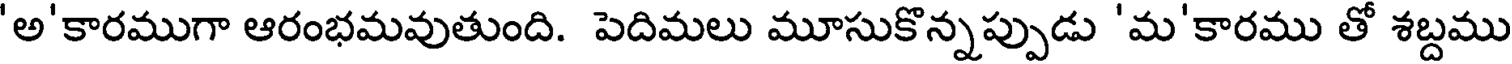
'అ'కారముగా ఆరంభమవుతుంది. పెదిమలు మూసుకొన్నప్పుడు 'మ'కారము తో శబ్దము